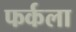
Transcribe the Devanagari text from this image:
फर्कला